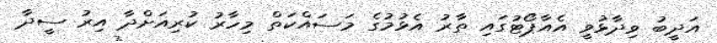
އަދީބު ވިދާޅުވީ އެއާޕޯޓުގައި ތާރު އެޅުމުގެ މަސައްކަތް މިހާރު ކުރިއަށްދާ އިރު ސީދާ